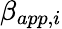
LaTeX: \beta_{app,i}